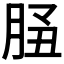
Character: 𦚲